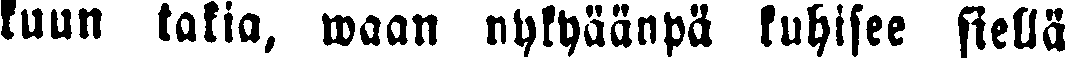
kuun takia, waan nykyäänpä kuhisee siellä